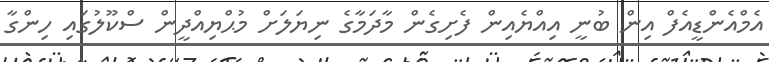
އެމްއެންޑީއެފް އިން ބުނީ އިއްޔެއިން ފެށިގެން މާދަމާގެ ނިޔަލަށް މުޙްޔިއްދީން ސްކޫލުގައި ހިންގާ